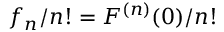
f _ { n } / n ! = F ^ { ( n ) } ( 0 ) / n !